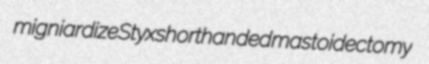
migniardize Styx shorthanded mastoidectomy